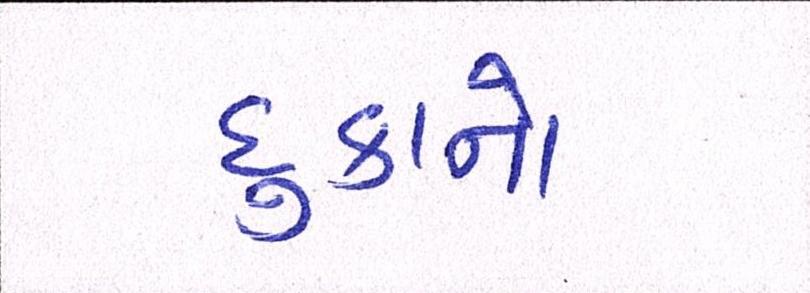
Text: દુકાનો